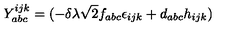
Y _ { a b c } ^ { i j k } = ( - \delta \lambda \sqrt { 2 } f _ { a b c } \epsilon _ { i j k } + d _ { a b c } h _ { i j k } )